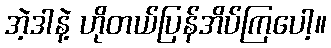
အဲ့ဒါနဲ့ ဟိုတယ်ပြန်အိပ်ကြပေါ့။